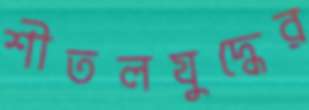
শীতলযুদ্ধের